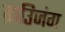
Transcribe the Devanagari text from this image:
ब्राउिजंग